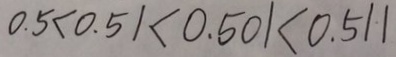
0 . 5 < 0 . 5 1 < 0 . 5 0 1 < 0 . 5 1 1